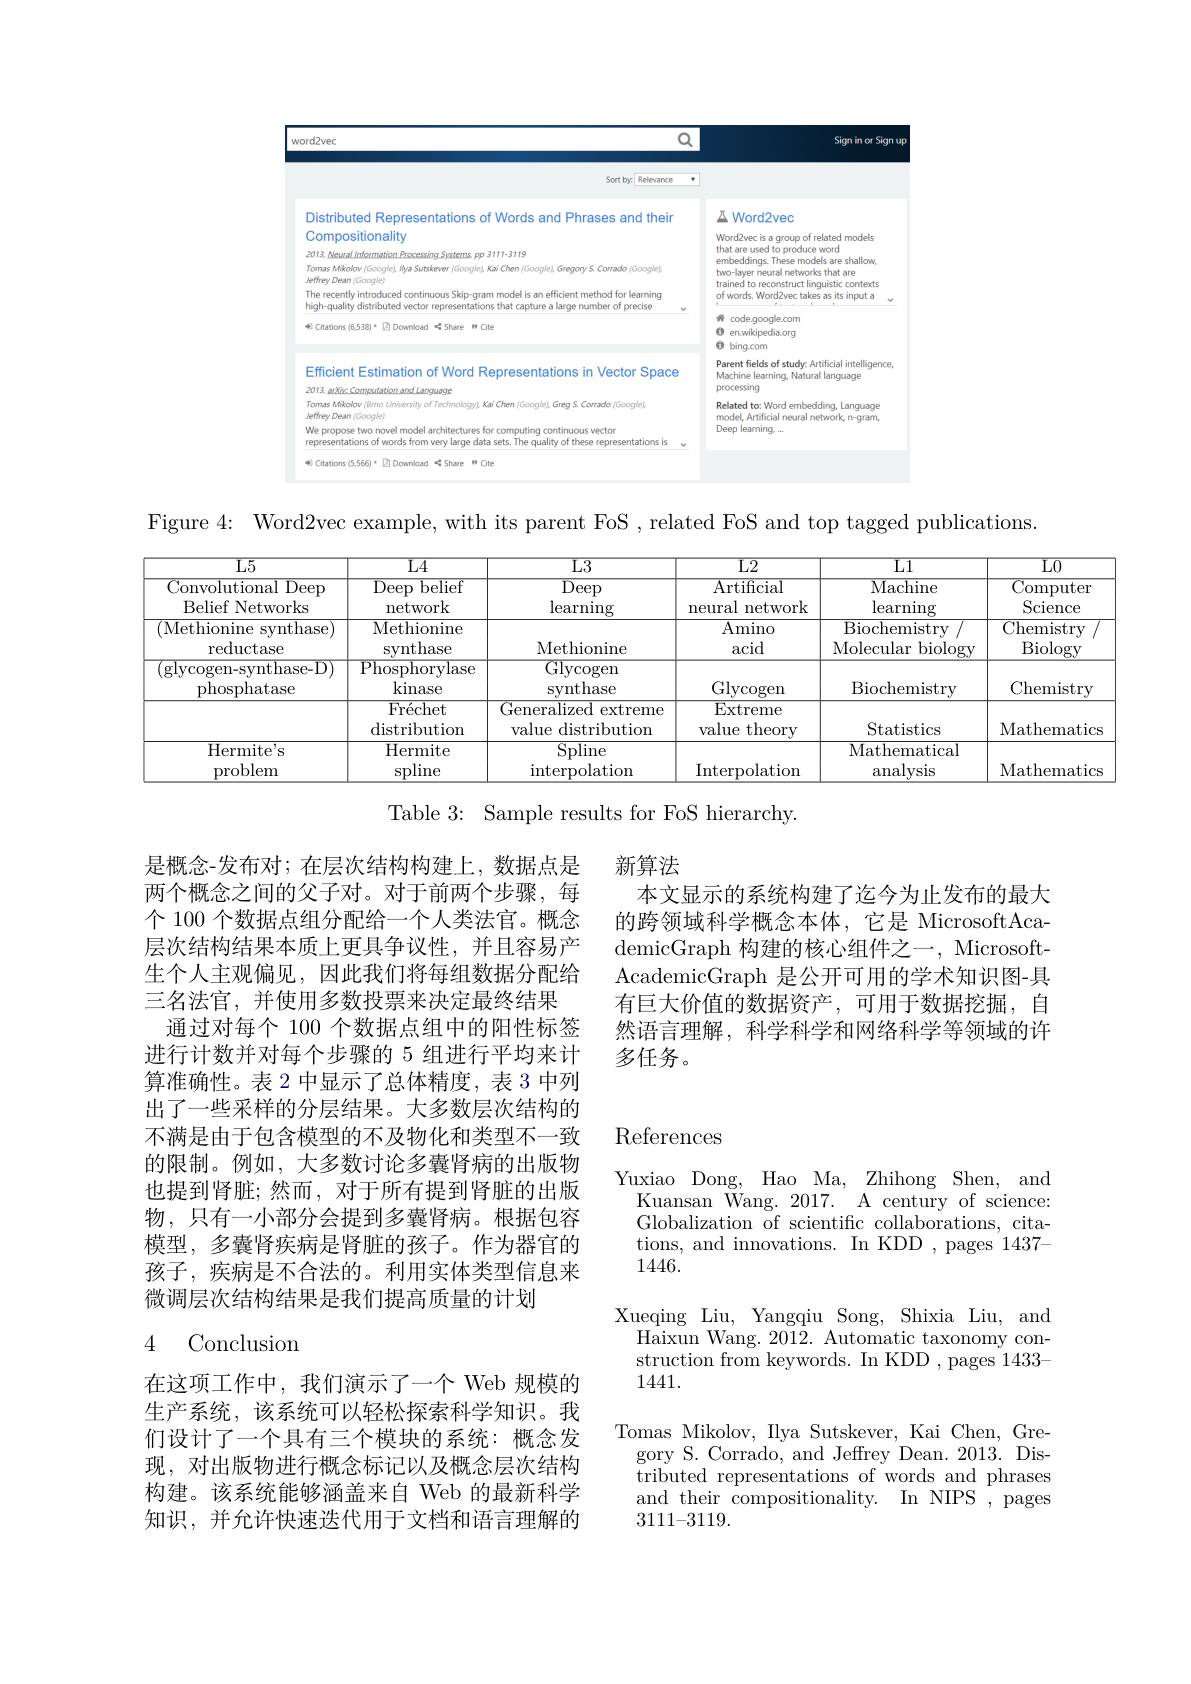
<FigureHere>

Figure 4: Word2vec example, with its parent FoS , related FoS and top tagged publications.

<table>
	<tbody>
		<tr>
			<th>$\overline{\text{L}5}$</th>
			<th>$\overline{\mathrm{L}4}$</th>
			<th>${\mathrm{L3}}$</th>
			<th>$\overline{{\mathrm{L2}}}$</th>
			<th>$\overline{\mathrm{L}1}$</th>
			<th>$\overline{{\mathrm{L}0}}$</th>
		</tr>
		<tr>
			<td>$\overline{{\mathrm{Convolutional~Deep}}}$ Belief Networks</td>
			<td>${\mathrm{Deep}}$ belief network</td>
			<td>$\overline{\mathrm{Deep}}$ $\operatorname{learning}$</td>
			<td>$\mathop{\mathrm{Artificial}}$ network neural</td>
			<td>${\mathrm{Machine}}$ $\operatorname{learning}$</td>
			<td>${\overline{{\mathrm{Computer}}}}$ $\operatorname{Science}$</td>
		</tr>
		<tr>
			<td>(Methionine synthase) reductase</td>
			<td>Methionine synthase</td>
			<td>Methionine</td>
			<td>Amino acid</td>
			<td>$\overline{{\mathrm{Biochemistry}}}$ Molecular biology 、</td>
			<td>$\overline{{\mathrm{Chemistry}}}$ $\underline{\text{Biology}}$</td>
		</tr>
		<tr>
			<td>(glycogen-synthase-D) phosphatase</td>
			<td>$\overline{{\mathrm{Phosphorylase}}}$ $\operatorname{kinase}$</td>
			<td>${\mathrm{Glycogen}}$ synthase</td>
			<td>Glycogen</td>
			<td>Biochemistry</td>
			<td>Chemistry</td>
		</tr>
		<tr>
			<td rowspan="1">phosphatase</td>
			<td>Fr$\' {e}$chet distribution</td>
			<td>Generalized extreme value distribution</td>
			<td>Extreme value theory</td>
			<td>Statistics</td>
			<td>Mathematics</td>
		</tr>
		<tr>
			<td>Hermit$e^{\prime }$s problem</td>
			<td>Hermite spline</td>
			<td>Spline interpolation</td>
			<td>Interpolatiom</td>
			<td>Mathematical analysis</td>
			<td>Mathematics</td>
		</tr>
	</tbody>
</table>

Table 3: Sample results for FoS hierarchy.

新算法
本文显示的系统构建了迄今为止发布的最大的跨领域科学概念本体，它是 MicrosoftAcademicGraph 构建的核心组件之一，MicrosoftAcademicGraph 是公开可用的学术知识图-具有巨大价值的数据资产，可用于数据挖掘，自然语言理解，科学科学和网络科学等领域的许多任务。

是概念-发布对；在层次结构构建上，数据点是两个概念之间的父子对。对于前两个步骤，每个 100 个数据点组分配给一个人类法官。概念层次结构结果本质上更具争议性，并且容易产生个人主观偏见，因此我们将每组数据分配给三名法官，并使用多数投票来决定最终结果
通过对每个 100 个数据点组中的阳性标签进行计数并对每个步骤的 5 组进行平均来计算准确性。表 2 中显示了总体精度，表 3 中列出了一些采样的分层结果。大多数层次结构的不满是由于包含模型的不及物化和类型不一致的限制。例如，大多数讨论多囊肾病的出版物也提到肾脏；然而，对于所有提到肾脏的出版物，只有一小部分会提到多囊肾病。根据包容模型，多囊肾疾病是肾脏的孩子。作为器官的孩子，疾病是不合法的。利用实体类型信息来微调层次结构结果是我们提高质量的计划

# References

### 4 Conclusion

Yuxiao Dong, Hao Ma, Zhihong Shen, and Kuansan Wang. 2017. A century of science: Globalization of scientific collaborations, citations, and innovations. In KDD , pages 1437- 1446.
Xueqing Liu, Yangqiu Song, Shixia Liu, and
Haixun Wang. 2012. Automatic taxonomy con- struction from keywords. In KDD , pages 1433- 1441.
Tomas Mikolov, Ilya Sutskever, Kai Chen, Gregory S. Corrado, and Jeffrey $^{\prime}$Dean. 2013. Distributed representations of words and phrases and their compositionality. In NIPS , pages 3111-3119.

在这项工作中，我们演示了一个 Web 规模的生产系统，该系统可以轻松探索科学知识。我们设计了一个具有三个模块的系统：概念发现，对出版物进行概念标记以及概念层次结构构建。该系统能够涵盖来自 Web 的最新科学知识，并允许快速迭代用于文档和语言理解的